Reports on military cantonments and civil stations in the Presidency of Bombay inspected by the Sanitary Commissioner in the years 1875 and 1876
Year: 1875
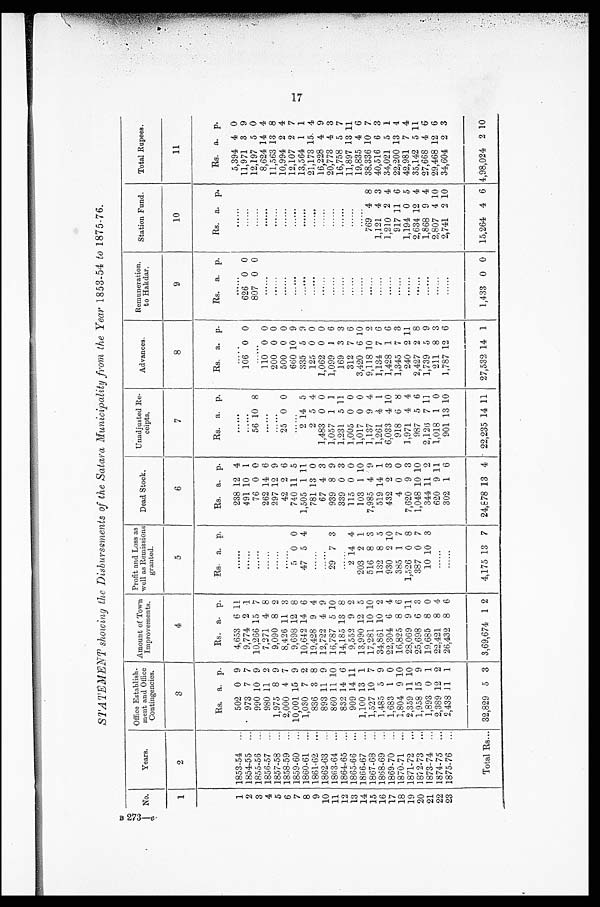
T
STATEMENT showing the .Disbursements of the Satara Municipality from. the Year 1853-54 to 1875-76.
No.
Years,
Office Establish-
ment and Office
Contingencies.
Amount of Town
Improvements.
Profit and. Loss as
well as Remissions
granted.
Dead Stock.
Unadjusted Re-
cei pt s.
Advances.
Remuneration
to Hakdar.
Station Fund.
Total Rupees.
1
2
3
4
5
6
7
8
9
10
11
Rs. a. p.
Rs. a. p.
Rs. a.
p.
Rs.
a. p.
Rs. a. p.
Rs. a. p.
Rs. a. p.
Rs. a. p.
Rs. a. p.
1 1853-54
...
502 0 9
4,653 6 11
......
238 12 4
.....
.....
. . . . . .
......
5,394 4 0
2 1854-55
...
973 7 7
9,774 2 1
. . . . . .
491 10 1
......
106 0 0
626 0 0
. . . . . .
11,971 3 9
3 1855-56
...
990 10 9
10,266 15 7
......
76 0 0
56 10 8
. . . . . . .
807 0 0
......
12,197 5 0
4 1856-57
...
980 11 2
7,271 4 8
......
262 14 6
......
110 0 0
. . . . . . .
......
8,624 14 4
5 1857-58
...
1,975 8 9
9,090 8 2
......
297 12 9
......
200 0 0
. . . . . .
......
11563 13 8
6 1858-59
...
2,000 4 7
8,426 11 3
......
42 2 6
25 0 0
500 0 0
......
......
10,994 2 4
7 1859-60
... 10,001 15 9
9,698 12 8
5 0 0
740 11 5
......
660 10
......
......
12,107 2 7
8 1860-61
...
1,030 7 2
10,642 14 6
47 5 4
1,505 1 11
2 14 5
335 5 9
.......
......
13,564 1 1
9 1861-62
...
836
3 8
19,428 9 4
......
781 13 0
2 5 4
125 0 0
......
. . . . . .
.
21,173 15 4
10 1862-63
...
893 11 9
12,722 4 9
......
67 4 3
1,483 0 0
1,062 0 0
......
......
16,228 4 9
11 1863-64
...
860 11 10
16,787 5 10
29 7 3
939 8 9
1,057 1 1
1,099 1 6
......
. . . . . .
20,773 4 3
12 1864-65 ...
832 14 6
14,185 13 8
. . . . . .
339 0 3
1,231 5 11
169 3 3
......
. . . . . .
16,758 5 7
13 1865-66
...
909 14 11
9,552 9 2
2
14 4
115 0 0
1,005 0 0
312 7 6
......
......
11,897 13 11
14 1866-67
...
1,100 13 1
13,990 12 5
203 2 1
103 1 10
1,017 0 0
3,420 6 10
......
......
19,835 4 6
15 1867-68
...
1,527 10 7
17,281 10 10
516 8 3
7,985 4 9
1,137 9 4
9,118 10 2
......
769 4 8
38,336 10 7.
16 1868-69
...
1,485 5 9
34,861 10 2
132 8 5
519 14 1
1,261 4 1
1,134 7 6
......
1,121 4 3
40,516 6 3
17 1869-70
...
1,683 1 0
22,304
6 4
930 2 10
432 2 3
6,033 4 10
1,428 1 6
......
1,210 2 4
34,021 5 1
18 1870-71
...
1,804 9 10
16,825 8 6
385 1 7
4 0 0
918 6 8
1,345 7 3
......
917 11 6
22,200 13 4
19 1871-72
...
2,359 11 10
28,069 9 11
1,526 0 8
7,620 9 3
1,971 4 4
240 2 11
......
1,194 0 5
42,981 7 4
20 1872-73 . . . 1,958 15 9
25,698 6 3
387 0 7
1,048 10 10
987 5 6
2,427 2 8
. . . . . .
2,634 12 4
35,142 5 11
21 1873-74
...
1,893 0 1
19,685 8 0
10 10 3
344 11 2
2,126 7 11
1,739 5 9
.....
1,868 9 4
27,668 4 6
22 1874-75
...
2,389 12 2
22,421 8 4
......
620 9 11
1,018 1 0
211 8 3
......
2,807 4 10
29,468 12 6
23 1875-76
...
2,438 11 1
26,432 8 6
......
302 1 6
901 13 10
1,787 12 6
......
2,741 2 10
34,604 2 3
Total Rs... 32,829 5 3 3,69,674 1 2
4,175 13 7
24,878 13 4
22,235 14 11
27,532 14 1
1,433 0 0 15,264 4 6 4,98,024 2 10
B 273—e